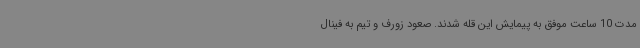
مدت 10 ساعت موفق به پیمایش این قله شدند. صعود زورف و تیم به فینال